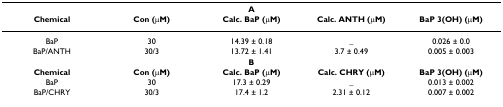
| <COLSPAN=5> A |
 | Chemical | Con (μM) | Calc. BaP (μM) | Calc. ANTH (μM) | BaP 3(OH) (μM) |
 | --- | --- | --- | --- | --- |
 | BaP | 30 | 14.39 ± 0.18 | _ | 0.026 ± 0.0 |
 | BaP/ANTH | 30/3 | 13.72 ± 1.41 | 3.7 ± 0.49 | 0.005 ± 0.003 |
 | <COLSPAN=5> B |
 | Chemical | Con (μM) | Calc. BaP (μM) | Calc. CHRY (μM) | BaP 3(OH) (μM) |
 | BaP | 30 | 17.3 ± 0.29 | _ | 0.013 ± 0.002 |
 | BaP/CHRY | 30/3 | 17.4 ± 1.2 | 2.31 ± 0.12 | 0.007 ± 0.002 |